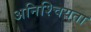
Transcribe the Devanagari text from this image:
अनिश्चियता